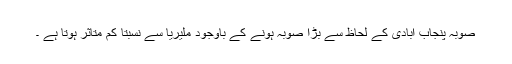
صوبہ پنجاب آبادی کے لحاظ سے بڑا صوبہ ہونے کے باوجود ملیریا سے نسبتا کم متاثر ہوتا ہے ۔